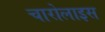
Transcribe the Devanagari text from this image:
चारोलाइस